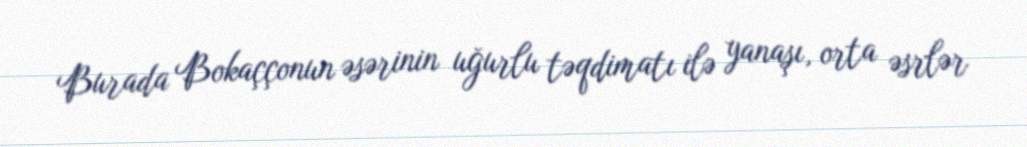
Burada Bokaççonun əsərinin uğurlu təqdimatı ilə yanaşı, orta əsrlər